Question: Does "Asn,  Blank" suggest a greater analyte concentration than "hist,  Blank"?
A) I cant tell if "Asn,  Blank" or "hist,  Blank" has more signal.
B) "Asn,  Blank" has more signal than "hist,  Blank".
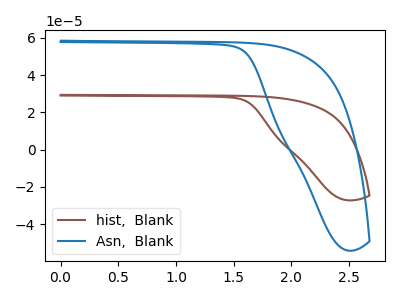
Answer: <think>The brown curve "hist,  Blank" has no peaks. The blue curve "Asn,  Blank" has no peaks.
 Neither "Asn,  Blank" or "hist,  Blank" have any peaks.</think>
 <answer>A) I cant tell if "Asn,  Blank" or "hist,  Blank" has more signal.</answer>
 <eval>A</eval>